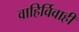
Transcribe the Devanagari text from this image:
वाहिर्विवाही